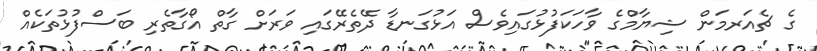
ގެ ޗެއަރމަން ޝިޔާމްގެ ވާހަކަފުޅުގައިވެސް އަޅުގަނޑާ ދޭތެރޭގައި ވަރަށް ގާތް އޯގާތެރި ބަސްފުޅުތަކެއް